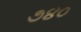
૭૪૦